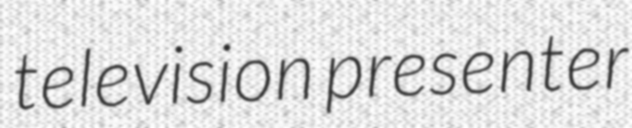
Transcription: television presenter